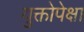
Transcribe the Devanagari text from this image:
युक्तोपेक्षा